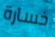
خسارة